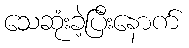
သေဆုံးခဲ့ပြီးနောက်